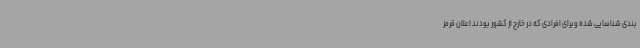
بندی شناسایی شده وبرای افرادی که در خارج از کشور بودند اعلان قرمز